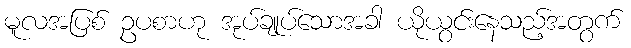
မူလအပြစ် ဥပစာဟု အုပ်ချုပ်သောအခါ ယိုယွင်းနေသည့်အတွက်